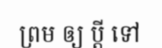
ព្រម ឲ្យ ប្តី ទៅ